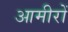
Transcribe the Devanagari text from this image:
आमीरों